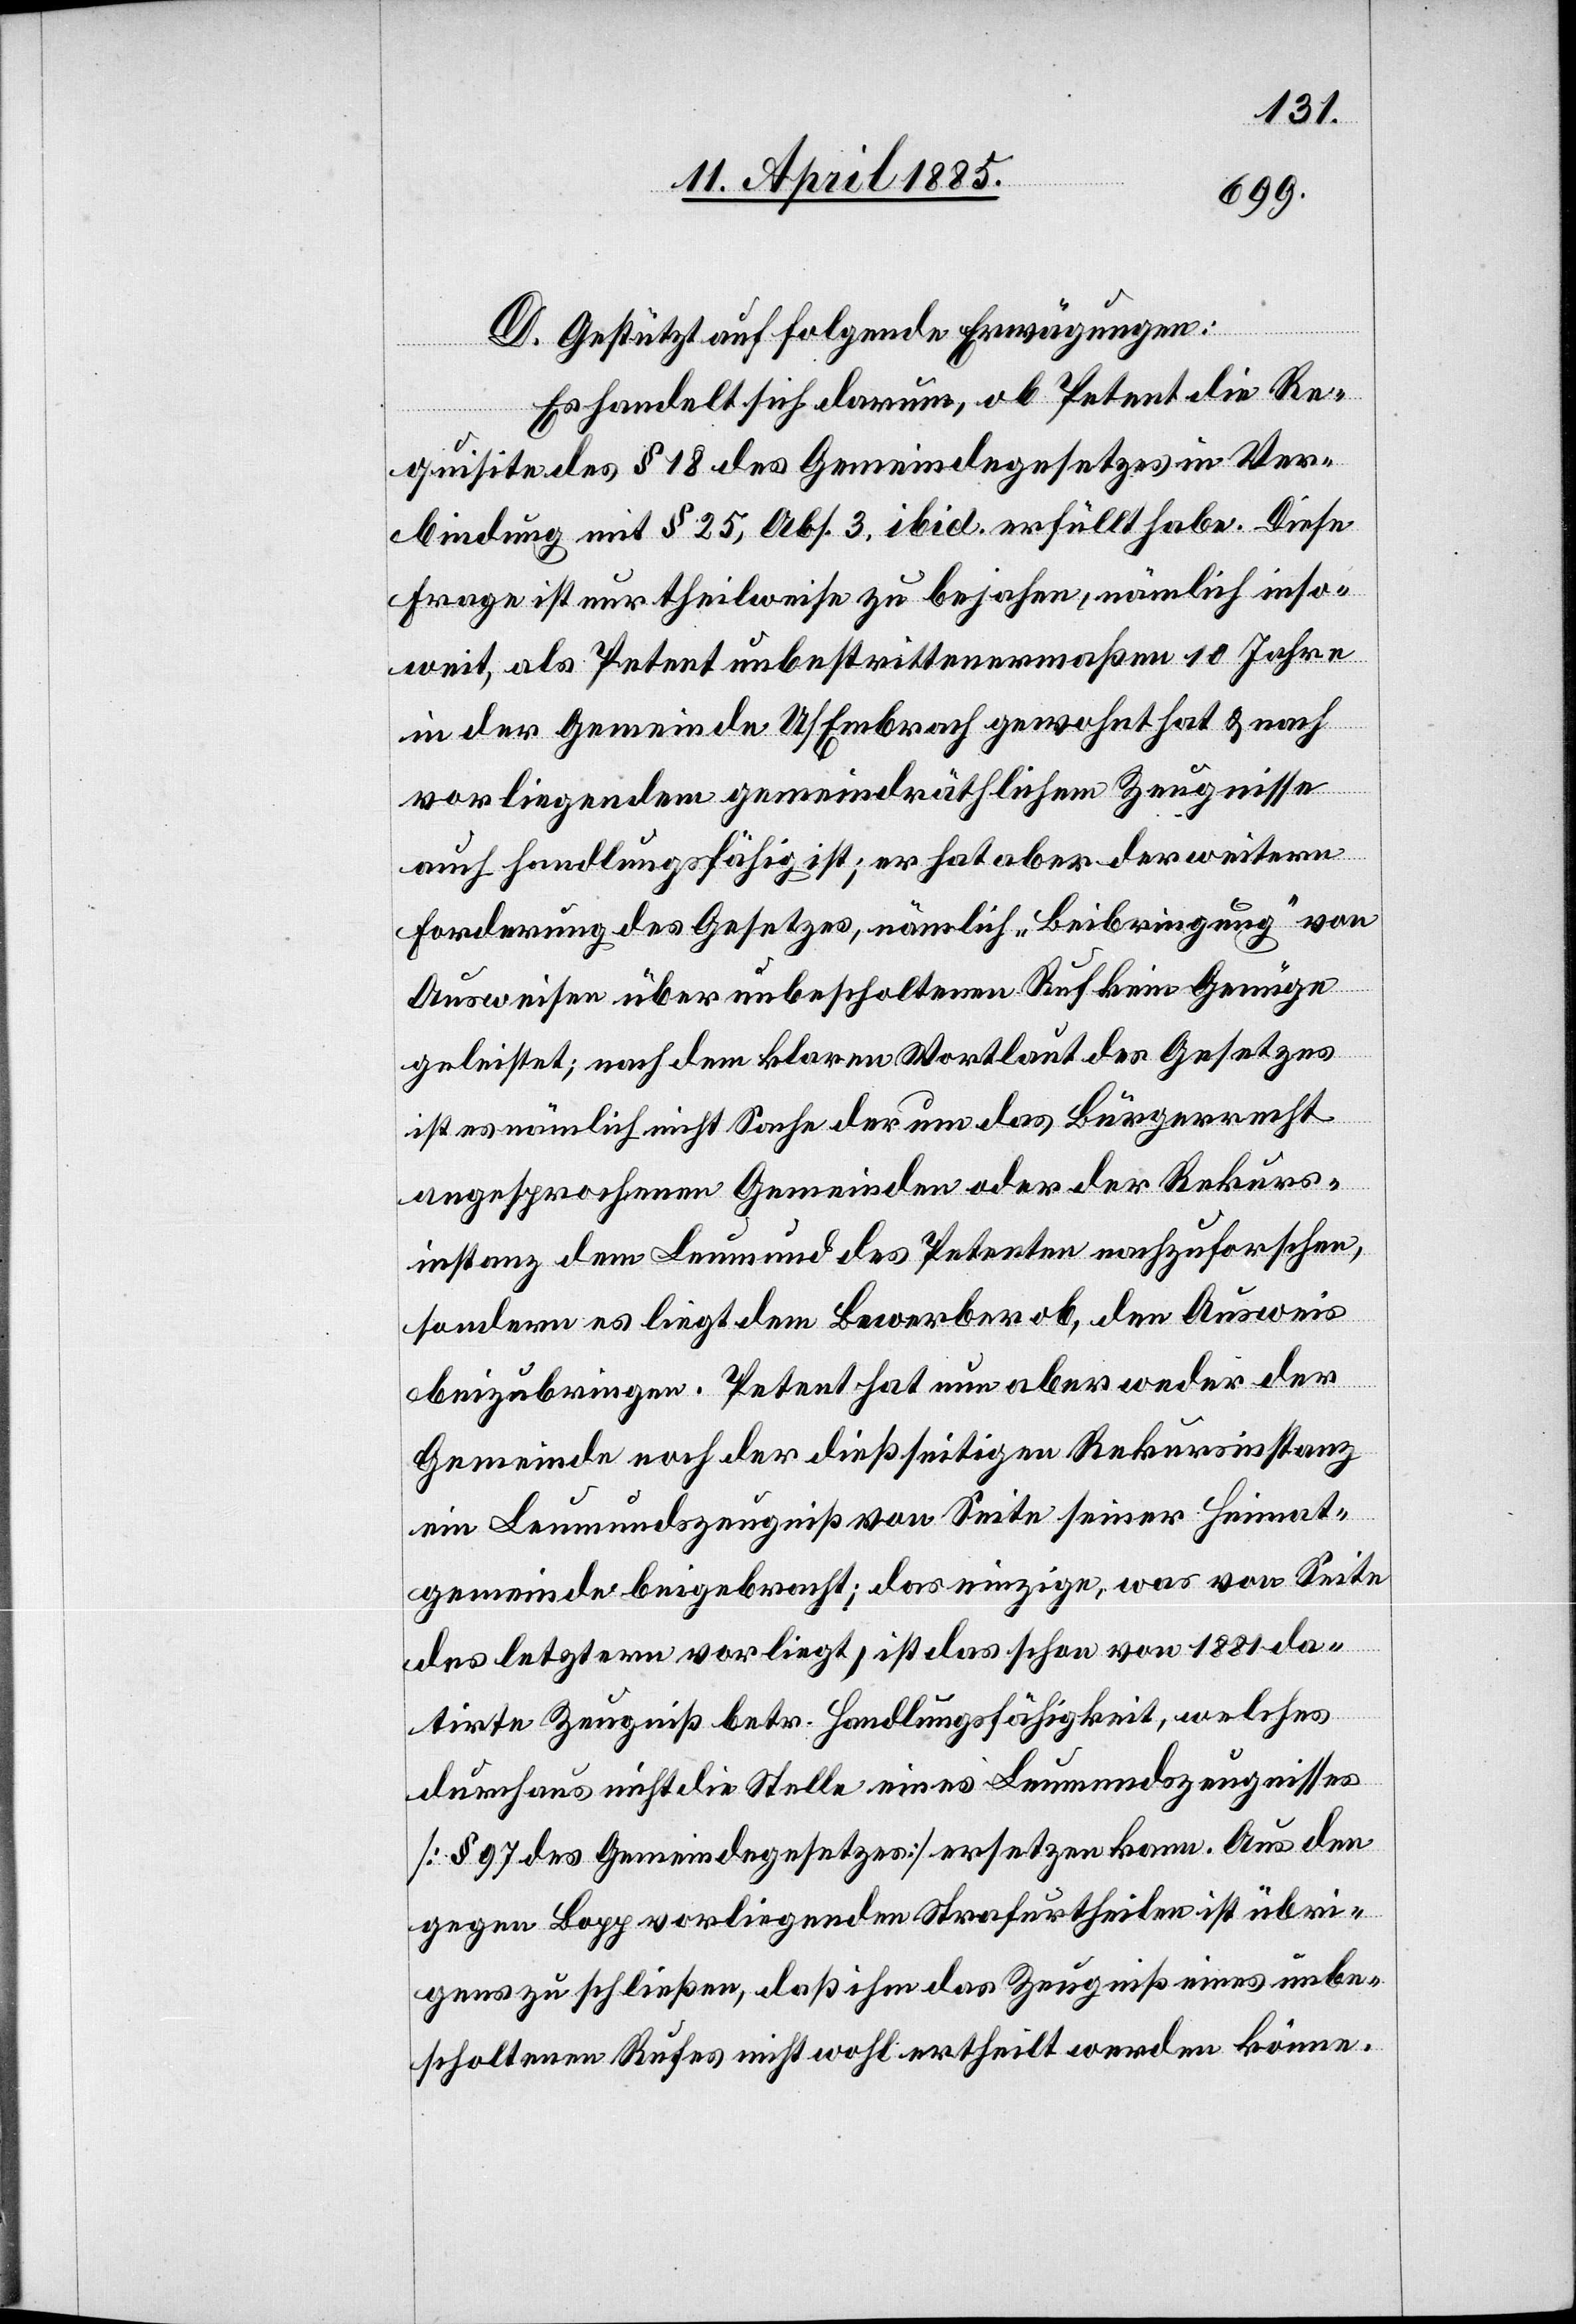
D. Gestützt auf folgende Erwägungen:
Es handelt sich darum, ob Petent die Re¬
quisite des § 18 des Gemeindegesetzes in Ver¬
bindung mit § 25, Abs. 3 ibid. erfüllt habe. Diese
Frage ist nur theilweise zu bejahen, nämlich inso¬
weit, als Petent unbestrittenermaßen 10 Jahre
in der Gemeinde U/Embrach gewohnt hat & nach
vorliegendem gemeindräthlichen Zeugnisse
auch handlungsfähig ist; er hat aber der weitern
Forderung des Gesetzes, nämlich „Beibringung“ von
Ausweisen über unbescholtenen Ruf keine Genüge
geleistet; nach dem klaren Wortlaut des Gesetzes
ist es nämlich nicht Sache der um das Bürgerrecht
angesprochenen Gemeinden oder der Rekurs¬
instanz dem Leumund des Petenten nachzuforschen,
sondern es liegt dem Bewerber ob, den Ausweis
beizubringen. Petent hat nun aber weder der
Gemeinde noch der dießseitigen Rekursinstanz
ein Leumundszeugniß von Seite seiner Heimat¬
gemeinde beigebracht; das einzige, was von Seite
des letztern vorliegt, ist das schon von 1881 da¬
tirte Zeugniß betr. Handlungsfähigkeit, welches
durchaus nicht die Stelle eines Leumundszeugnisses
[§ 97 des Gemeindegesetzes] ersetzen kann. Aus den
gegen Bopp vorliegenden Strafurtheilen ist übri¬
gens zu schließen, daß ihm das Zeugniß eines unbe¬
scholtenen Rufes nicht wohl ertheilt werden könne.